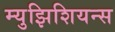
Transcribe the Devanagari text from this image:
म्युझिशियन्स